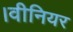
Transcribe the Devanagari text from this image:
।वीनियर